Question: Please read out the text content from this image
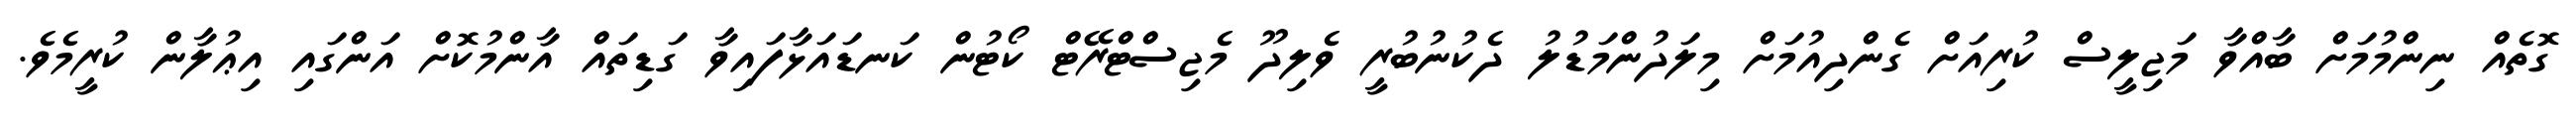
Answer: ގޮތެއް ނިންމުމަށް ބާއްވާ މަޖިލީސް ކުރިއަށް ގެންދިއުމަށް މިލަދުންމަޑުލު ދެކުނުބުރީ ވެލިދޫ މެޖިސްޓްރޭޓް ކޯޓުން ކަނޑައަޅާފައިވާ ގަޑިތައް އާންމުކޮށް އަންގައި އިޢުލާން ކުރީމެވެ.